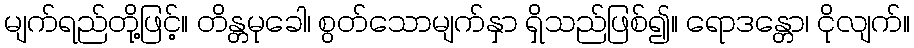
မျက်ရည်တို့ဖြင့်။ တိန္တမုခေါ၊ စွတ်သောမျက်နှာ ရှိသည်ဖြစ်၍။ ရောဒန္တော၊ ငိုလျက်။